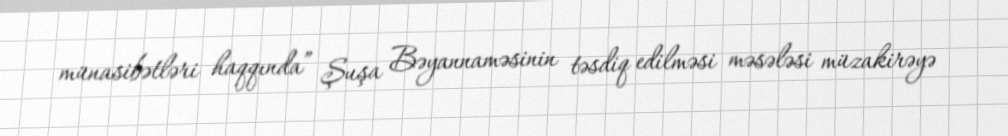
münasibətləri haqqında” Şuşa Bəyannaməsinin təsdiq edilməsi məsələsi müzakirəyə